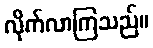
လိုက်လာကြသည်။